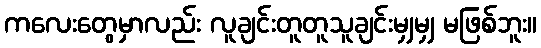
ကလေးတွေမှာလည်း လူချင်းတူတူသူချင်းမျှမျှ မဖြစ်ဘူး။